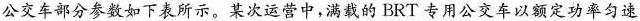
公交车部分参数如下表所示。某次运营中，满载的 BRT 专用公交车以额定功率匀速